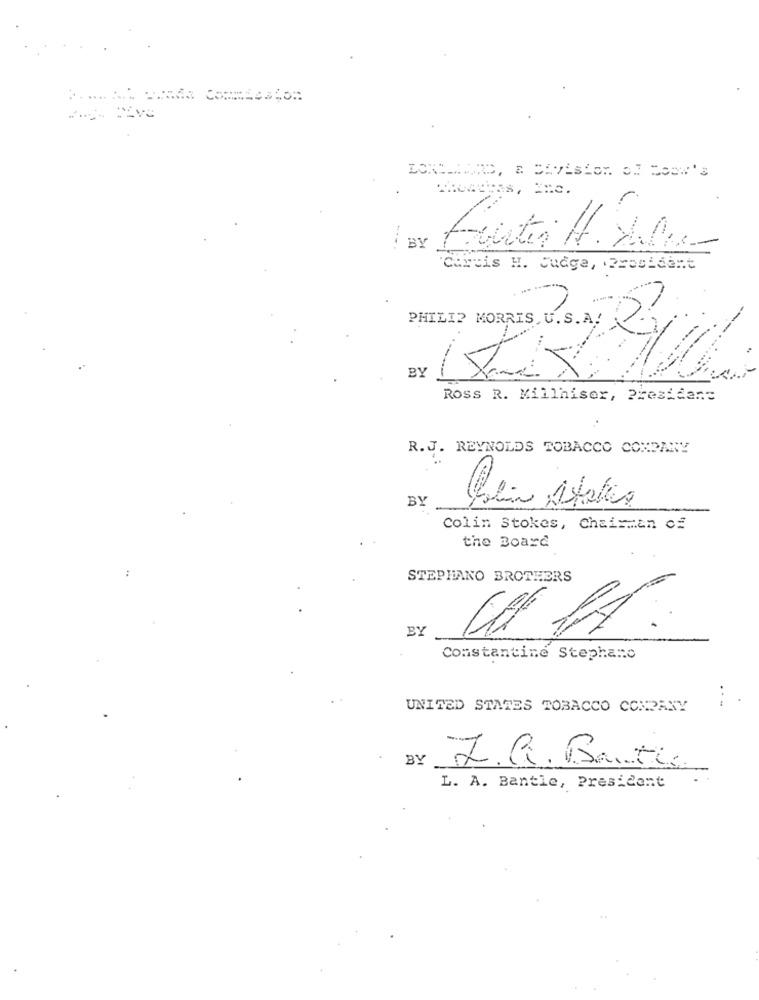
BY
circis H. Judge, President
PHILIP MORRIS, U.S.A/
BY
ROSS R. Millhiser, President
R.J. REYNOLDS TOBACCO COMPANY
BY
Colin Stokes, Chairman of
the Board
STEPHANO BROTHERS
BY
Constantine Stephano
UNITED STATES TOBACCO COMPANY
BY
J.G. Bati
L. A. Bantle, President